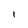
Character: l